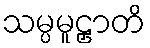
သမ္ပမူဠှာတိ